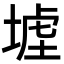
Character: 𡎪